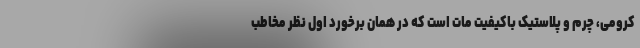
کرومی، چرم و پلاستیک باکیفیت مات است که در همان برخورد اول نظر مخاطب